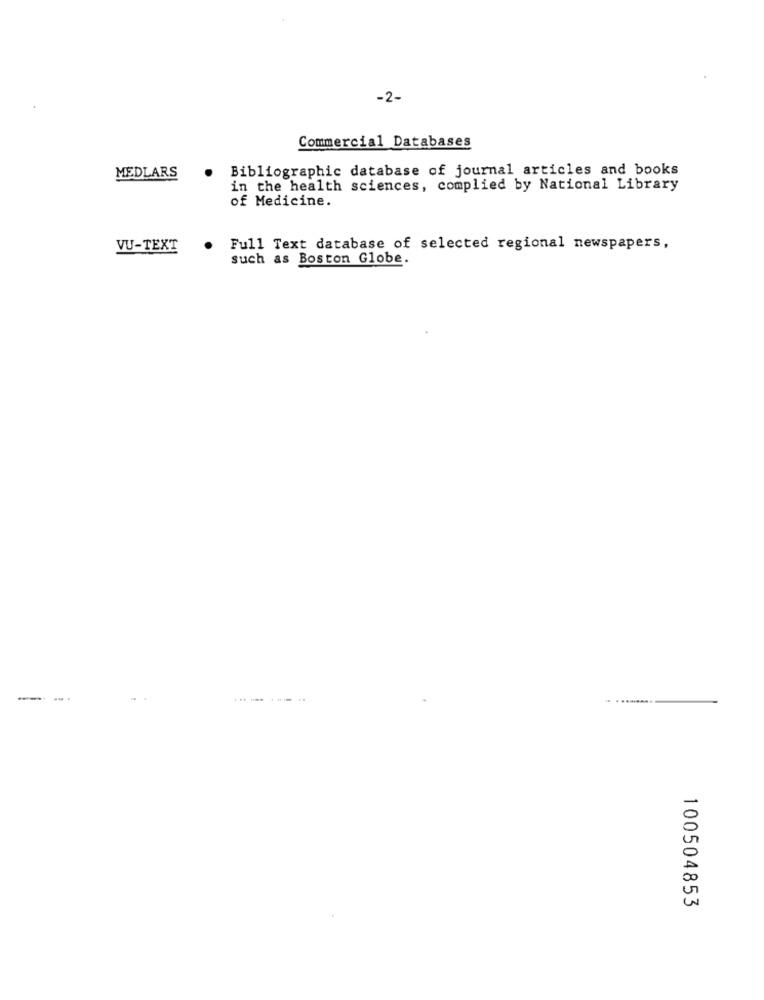
-2-
Commercial Databases
Bibliographic database of journal articles and books
MEDLARS
in the health sciences, complied by National Library
of Medicine.
VU-TEXT
Full Text database of selected regional newspapers,
such as Boston Globe.
100504853